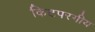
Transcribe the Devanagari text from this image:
किटपरगीय